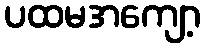
ပထမအကျော့